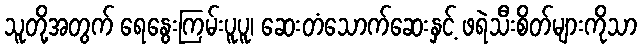
သူတို့အတွက် ရေနွေးကြမ်းပူပူ၊ ဆေးတံသောက်ဆေးနှင့် ဖရဲသီးစိတ်များကိုသာ